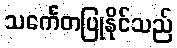
သင်္ကေတပြုနိုင်သည်